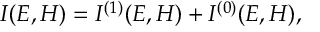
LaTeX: I ( E , H ) = I ^ { ( 1 ) } ( E , H ) + I ^ { ( 0 ) } ( E , H ) ,